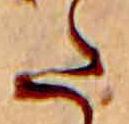
た